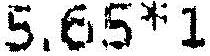
5.65*1